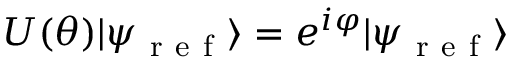
U ( { \boldsymbol { \theta } } ) \ensuremath { \lvert { \psi _ { \mathrm { ~ r ~ e ~ f ~ } } } \rangle } = e ^ { i \varphi } \ensuremath { \lvert { \psi _ { \mathrm { ~ r ~ e ~ f ~ } } } \rangle }